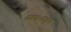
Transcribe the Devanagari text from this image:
स्वतःकडून